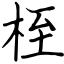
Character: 桎